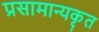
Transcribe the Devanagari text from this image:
प्रसामान्यकृत